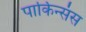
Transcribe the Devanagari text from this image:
पार्किन्संस